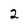
Character: 2